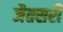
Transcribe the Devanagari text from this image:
जैतसरी